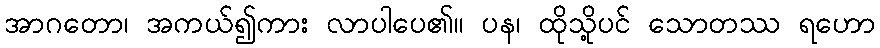
အာဂတော၊ အကယ်၍ကား လာပါပေ၏။ ပန၊ ထိုသို့ပင် သောတဿ ရဟော